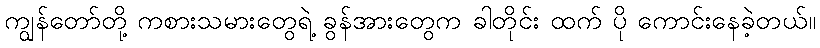
ကျွန်တော်တို့ ကစားသမားတွေရဲ့ ခွန်အားတွေက ခါတိုင်း ထက် ပို ကောင်းနေခဲ့တယ်။